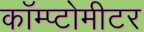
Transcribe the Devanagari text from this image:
कॉम्प्टोमीटर